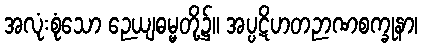
အလုံးစုံသော ဉေယျဓမ္မတို့၌။ အပ္ပဋိဟတဉာဏစက္ခုနာ၊